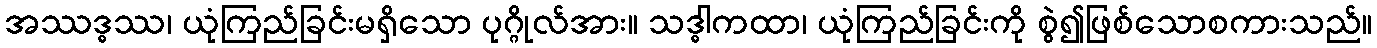
အဿဒ္ဓဿ၊ ယုံကြည်ခြင်းမရှိသော ပုဂ္ဂိုလ်အား။ သဒ္ဓါကထာ၊ ယုံကြည်ခြင်းကို စွဲ၍ဖြစ်သောစကားသည်။